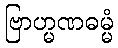
ဗြာဟ္မဏဓမ္မံ